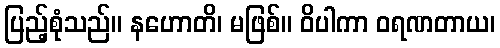
ပြည့်စုံသည်။ နဟောတိ၊ မဖြစ်။ ဝိပါကာ ဝရဏတာယ၊